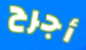
أجرح